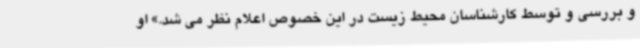
و بررسی و توسط کارشناسان محیط زیست در این خصوص اعلام نظر می شد.» او